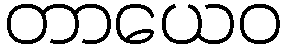
တာယေဝ